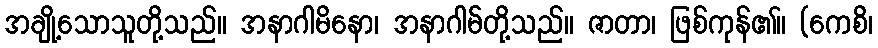
အချို့သောသူတို့သည်။ အနာဂါမိနော၊ အနာဂါမ်တို့သည်။ ဇာတာ၊ ဖြစ်ကုန်၏။ (ကေစိ၊